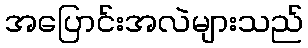
အပြောင်းအလဲများသည်